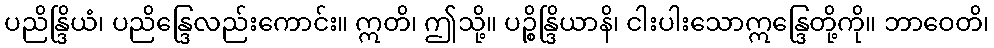
ပညိန္ဒြိယံ၊ ပညိန္ဒြေလည်းကောင်း။ ဣတိ၊ ဤသို့။ ပဉ္စိန္ဒြိယာနိ၊ ငါးပါးသောဣန္ဒြေတို့ကို။ ဘာဝေတိ၊